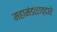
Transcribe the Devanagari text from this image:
महामंडळाव्दारे